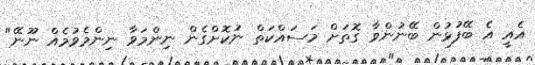
އެއީ އެ ބޭފުޅުން ބޭނުންވާ ގޮތަށް މަސައްކަތް ނުކޮށްގެން ނިިންމަވާ ނިންމެވުމެއް ނޫނޭ"